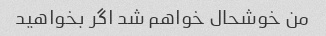
من خوشحال خواهم شد اگر بخواهید